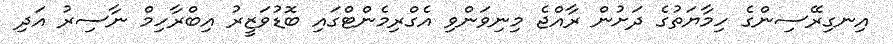
އިނގިރޭސިންގެ ހިމާޔަތުގެ ދަށުން ރާއްޖެ މިނިވަންވި އެގްރިމެންޓްގައި ބޮޑުވަޒީރު އިބްރާހިމް ނާސިރު އަދި